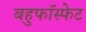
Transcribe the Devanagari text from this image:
बहुफॉस्फेट